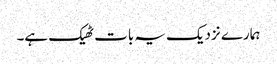
ہمارے نزدیک یہ بات ٹھیک ہے۔